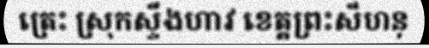
ត្រេះ ស្រុកស្ទឹងហាវ ខេត្តព្រះសីហនុ